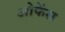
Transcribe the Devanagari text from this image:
ओफेंस